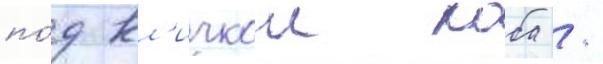
по́д кл'ичкои коба /